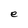
Character: e